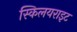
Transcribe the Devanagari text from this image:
स्किलयराइट